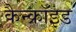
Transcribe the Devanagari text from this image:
कैन्क्रॉइड